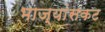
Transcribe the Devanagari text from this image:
भाज्यांसकट